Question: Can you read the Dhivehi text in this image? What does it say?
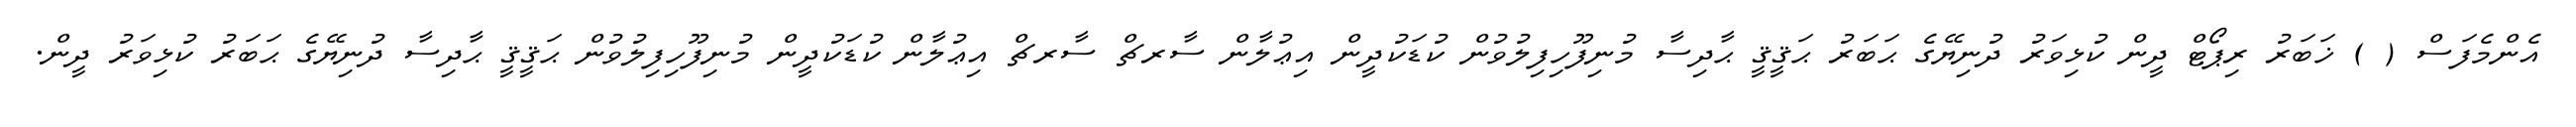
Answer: އެންމެފަސް ( ) ޚަބަރު ރިޕޯޓް ދީން ކުޅިވަރު ދުނިޔޭގެ ޙަބަރު ޙަޤީޤީ ޙާދިސާ މުނިފޫހިފިލުވުން ކުޑަކުދީން އިޢުލާން ސާރޗް ސާރޗް އިޢުލާން ކުޑަކުދީން މުނިފޫހިފިލުވުން ޙަޤީޤީ ޙާދިސާ ދުނިޔޭގެ ޙަބަރު ކުޅިވަރު ދީން.